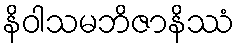
နိဝါသမဘိဇာနိဿံ